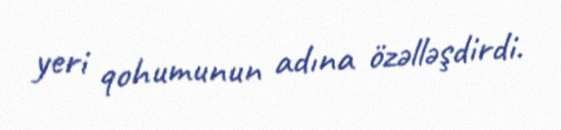
yeri qohumunun adına özəlləşdirdi.